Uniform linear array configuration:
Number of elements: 8
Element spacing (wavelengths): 1
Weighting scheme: cosine
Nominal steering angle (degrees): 15
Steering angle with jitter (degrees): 13.419
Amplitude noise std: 0.05
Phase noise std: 0.05

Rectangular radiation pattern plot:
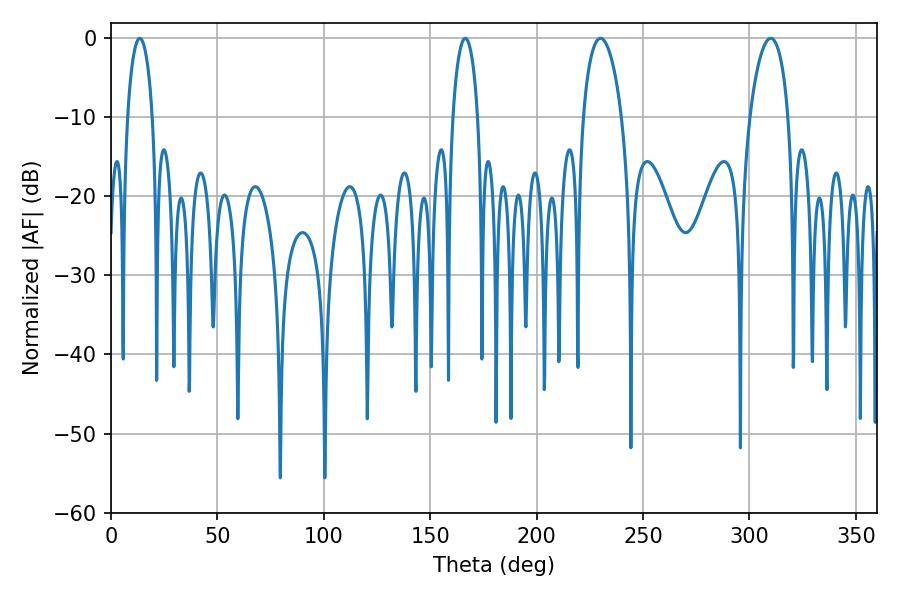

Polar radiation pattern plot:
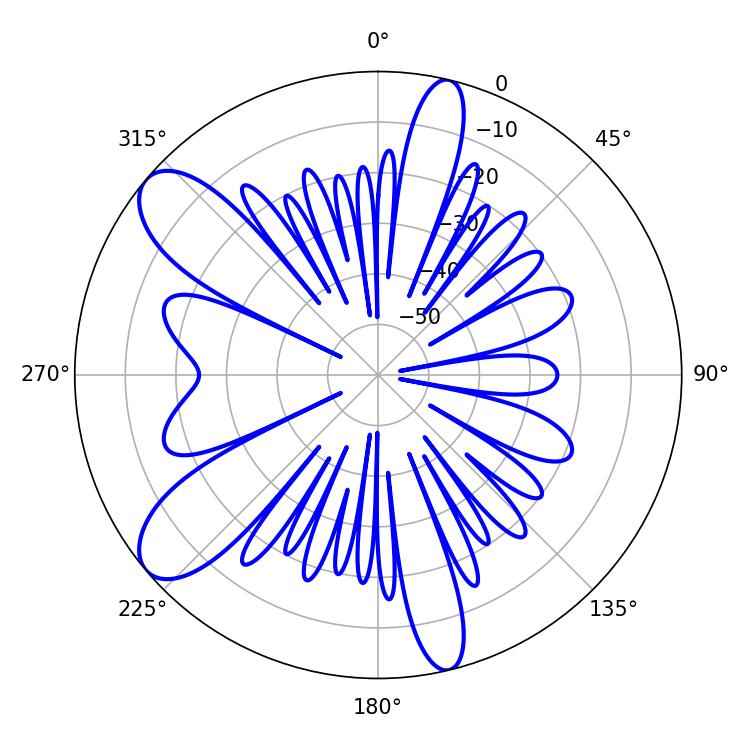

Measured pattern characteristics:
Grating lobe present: TRUE
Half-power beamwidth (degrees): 10.26
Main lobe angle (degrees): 230.04